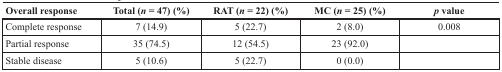
<table><thead><tr><td><b>Overall response</b></td><td><b>Total (<i>n</i> = 47) (%)</b></td><td><b>RAT (<i>n</i> = 22) (%)</b></td><td><b>MC (<i>n</i> = 25) (%)</b></td><td><b><i>p</i> value</b></td></tr></thead><tbody><tr><td>Complete response</td><td>7 (14.9)</td><td>5 (22.7)</td><td>2 (8.0)</td><td>0.008</td></tr><tr><td>Partial response</td><td>35 (74.5)</td><td>12 (54.5)</td><td>23 (92.0)</td><td></td></tr><tr><td>Stable disease</td><td>5 (10.6)</td><td>5 (22.7)</td><td>0 (0.0)</td><td></td></tr></tbody></table>